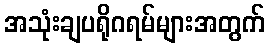
အသုံးချပရိုဂရမ်များအတွက်